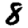
Digit: 8